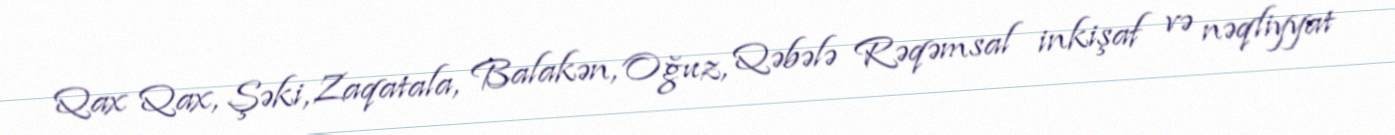
Qax Qax, Şəki, Zaqatala, Balakən, Oğuz, Qəbələ Rəqəmsal inkişaf və nəqliyyat